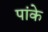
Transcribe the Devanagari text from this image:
पांके